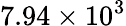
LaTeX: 7.94\times 10^{3}